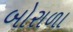
બોરાળા